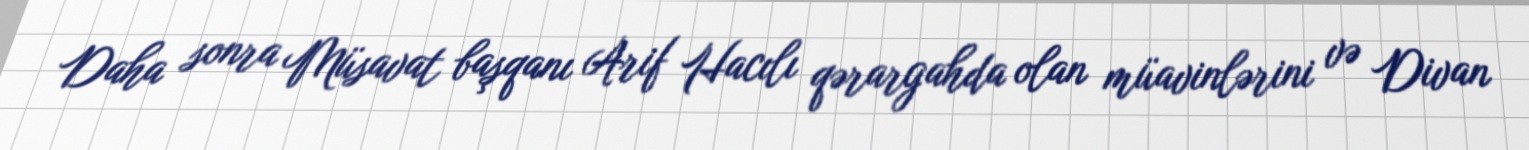
Daha sonra Müsavat başqanı Arif Hacılı qərargahda olan müavinlərini və Divan